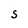
Character: S